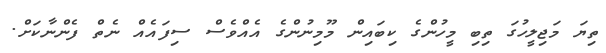
ތިޔަ މަޖިލީހުގަ ތިބި މީހުންގެ ކިބައިން މޫމިނުންގެ އެއްވެސް ސިފައެއް ނެތް ފެންނާކަށް.